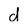
Character: d